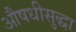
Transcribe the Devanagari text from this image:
औषधीसुद्धा